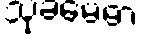
သုခမေဓာ